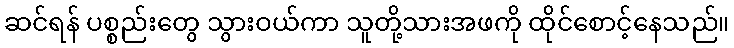
ဆင်ရန် ပစ္စည်းတွေ သွားဝယ်ကာ သူတို့သားအဖကို ထိုင်စောင့်နေသည်။